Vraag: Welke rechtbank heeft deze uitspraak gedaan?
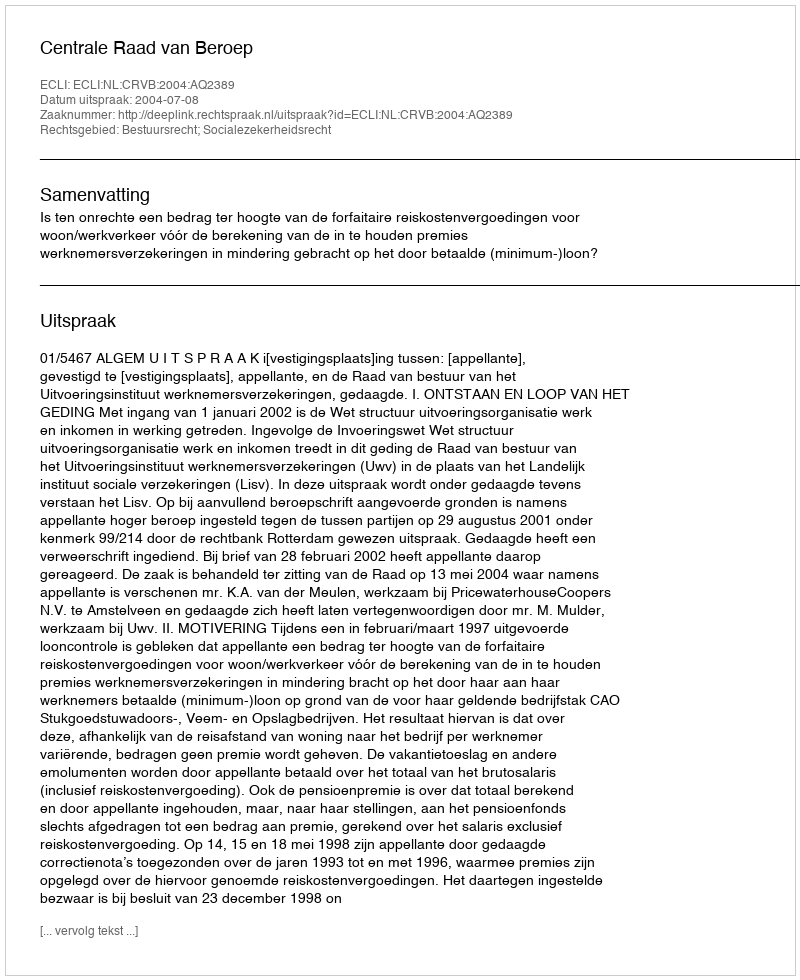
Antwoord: Centrale Raad van Beroep